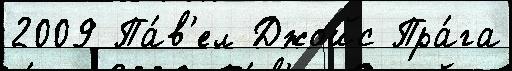
2009 Па́в'ел Джойс Пра́га